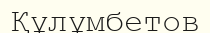
Құлұмбетов